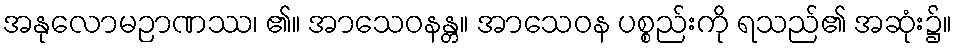
အနုလောမဉာဏဿ၊ ၏။ အာသေဝနန္တ။ အာသေဝန ပစ္စည်းကို ရသည်၏ အဆုံး၌။